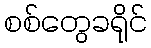
စစ်တွေခရိုင်